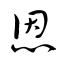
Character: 恩